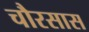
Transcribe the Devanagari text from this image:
चौरसास